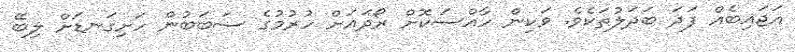
އަޖައިބެއް ފަދަ ބަދަލުތަކެވެ. ވަކިން ހާއްސަކޮށް ރޯދައަށް ހުރުމުގެ ސަބަބުން ހަށިގަނޑަށް ލިބޭ